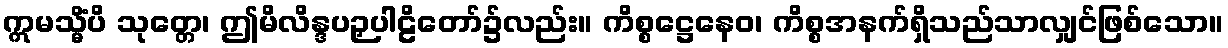
ဣမသ္မိံပိ သုတ္တေ၊ ဤမိလိန္ဒပဉှပါဠိတော်၌လည်း။ ကိစ္စဋ္ဌေနေဝ၊ ကိစ္စအနက်ရှိသည်သာလျှင်ဖြစ်သော။